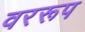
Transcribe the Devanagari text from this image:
वररूप